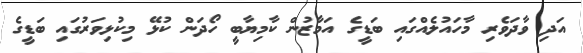
އަދި ވާދަވެރި މާހައުލެއްގައި ބަޑީގެ އަމާޒުން ކާމިޔާބީ ހޯދަން ކުޅޭ މިކުޅިވަރުގައި ބަޑީގެ